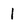
Character: 1